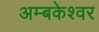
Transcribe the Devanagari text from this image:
अम्बकेश्वर